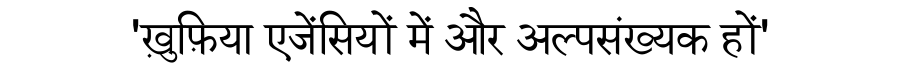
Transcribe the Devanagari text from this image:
'ख़ुफ़िया एजेंसियों में और अल्पसंख्यक हों'